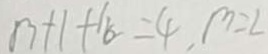
1 3 + 1 + 1 8 = 4 , m = 2